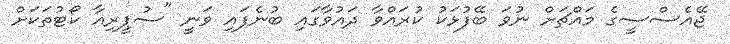
ޖޭއެސްސީގެ މައްޗަށް ނުވަ ބޭފުޅަކު ކުރައްވާ ދައުވާގައި ބުނެފައި ވަނީ "ސުޕީރިއާ ކޯޓުތަކަށް